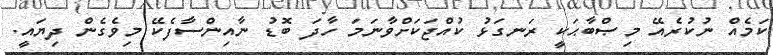
ކަމެއް ނުކުރެއޭ މިޞްބާޙަކީ ރަނގަޅު ކުއްޖަކަށްވާނަމަ ހާދަ ބޮޑު ނާއިންސާފެކޭ މިވެގެން ދިޔައީ.